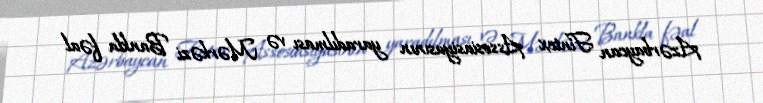
Azərbaycan Fintex Assosiasiyasının yaradılması və Mərkəzi Bankla fəal